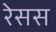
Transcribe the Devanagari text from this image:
रेसस